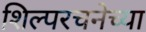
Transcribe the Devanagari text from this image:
शिल्परचनेच्या